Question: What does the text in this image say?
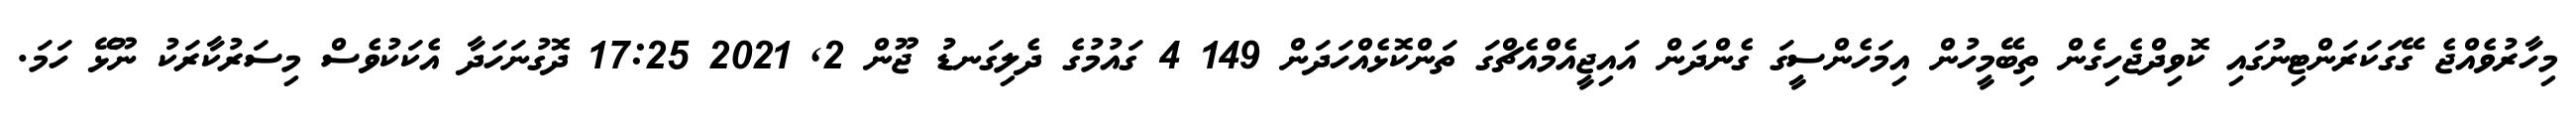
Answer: މިހާރުވެއްޖެ ގޭގަކަރަންޓިނުގައި ކޮވިދްޖެހިގެން ތިބޭމީހުން އިމަހެންސީގަ ގެންދަން އައިޖީއެމްއެޗްގަ ތަންކޮޅެއްހަދަން 149 4 ގައުމުގެ ދެލިގަނޑު ޖޫން 2, 2021 17:25 ދޮގުނަހަދާ އެކަކުވެސް މިސަރުކާރަކު ނޫޅޭ ހަމަ.